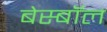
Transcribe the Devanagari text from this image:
बेस्बॉल